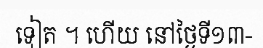
ទៀត ។ ហើយ នៅថ្ងៃទី១៣-